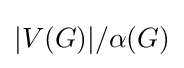
|V(G)|/\alpha (G)